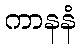
ကာနနံ